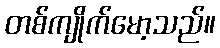
တစ်ကျိုက်မော့သည်။